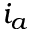
i _ { a }